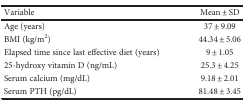
<table><thead><tr><td><b>Variable</b></td><td><b>Mean ± SD</b></td></tr></thead><tbody><tr><td>Age (years)</td><td>37 ± 9.09</td></tr><tr><td>BMI (kg/m<sup>2</sup>)</td><td>44.34 ± 5.06</td></tr><tr><td>Elapsed time since last effective diet (years)</td><td>9 ± 1.05</td></tr><tr><td>25-hydroxy vitamin D (ng/mL)</td><td>25.3 ± 4.25</td></tr><tr><td>Serum calcium (mg/dL)</td><td>9.18 ± 2.01</td></tr><tr><td>Serum PTH (pg/dL)</td><td>81.48 ± 3.45</td></tr></tbody></table>